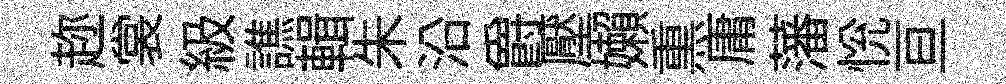
趂裳級譙輯朱沿爵壓嬾𤋱庸藩恱亘